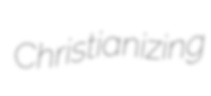
Christianizing